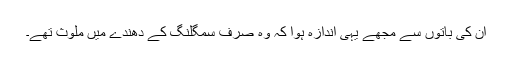
ان کی باتوں سے مجھے یہی اندازہ ہوا کہ وہ صرف سمگلنگ کے دھندے میں ملوث تھے۔